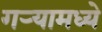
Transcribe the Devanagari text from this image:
गर्‍यामध्ये